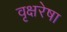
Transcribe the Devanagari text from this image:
वृक्षरेषा